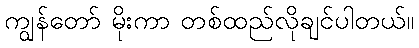
ကျွန်တော် မိုးကာ တစ်ထည်လိုချင်ပါတယ်။